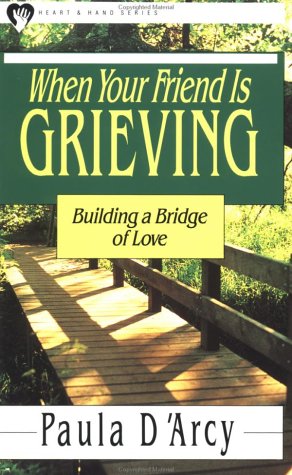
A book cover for When Your Friend Is Grieving (Heart & Hand Series); Paula D'Arcy; Christian Books & Bibles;